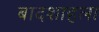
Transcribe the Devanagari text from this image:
बादशाहला